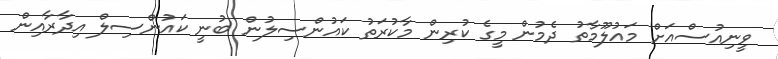
ވީނިއުސްއަށް މައުލޫމާތު ދެމުން މީގެ ކުރިން މާކުރަތު ކައުންސިލުން ބުނީ ކައުންސިލް އިދާރާއިން